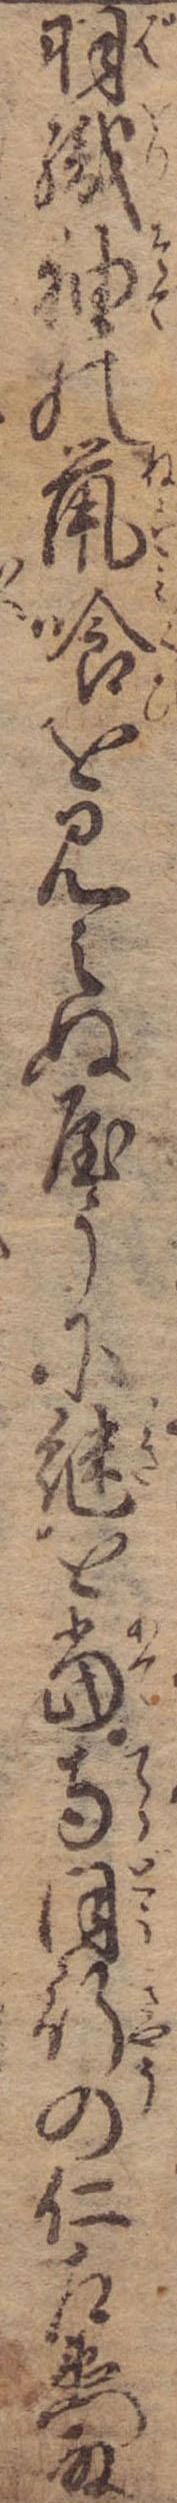
羽織袖の鼠喰を見えぬやうに継を当寺同行の仁左衛門殿